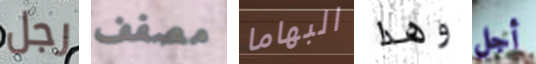
رجل مصفف البهاما وهذا أجل